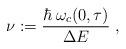
LaTeX: \begin{align*}\nu:=\frac{\hbar\:\omega_c(0,\tau)}{\Delta E}\;,\end{align*}